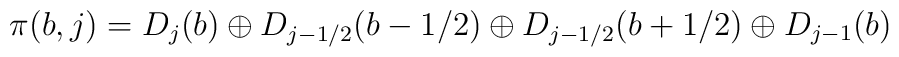
\pi(b,j) = D_j(b) \oplus D_{j-1/2}(b-1/2) \oplus D_{j-1/2}(b+1/2)\oplus D_{j-1}(b)